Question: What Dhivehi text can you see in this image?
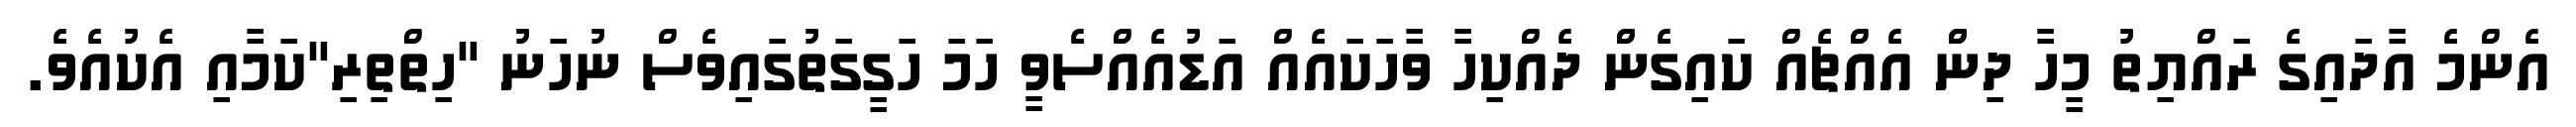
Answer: އެންމެ އާދައިގެ ރައްޔިތު މީހާ ދިންް އެއްޗެއް ކައިގެންް ދެއްކިހާ ވާހަކައެއް އަޑުއެއްސެވީ ހަމަ ހަގީގަތުގައިވެސް ނުހަނު "ހިތްތިރި"ކަމާއި އެކުއެވެ.